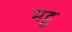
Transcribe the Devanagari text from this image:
मट्ठ